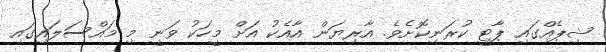
ޝިޕެއްގައި ޕާޓީ ކުރަނިކޮށެވެ. އާރިޔަން އާއެކު އަށް މީހަކު ވަނީ މި މައްސަލައިގައި